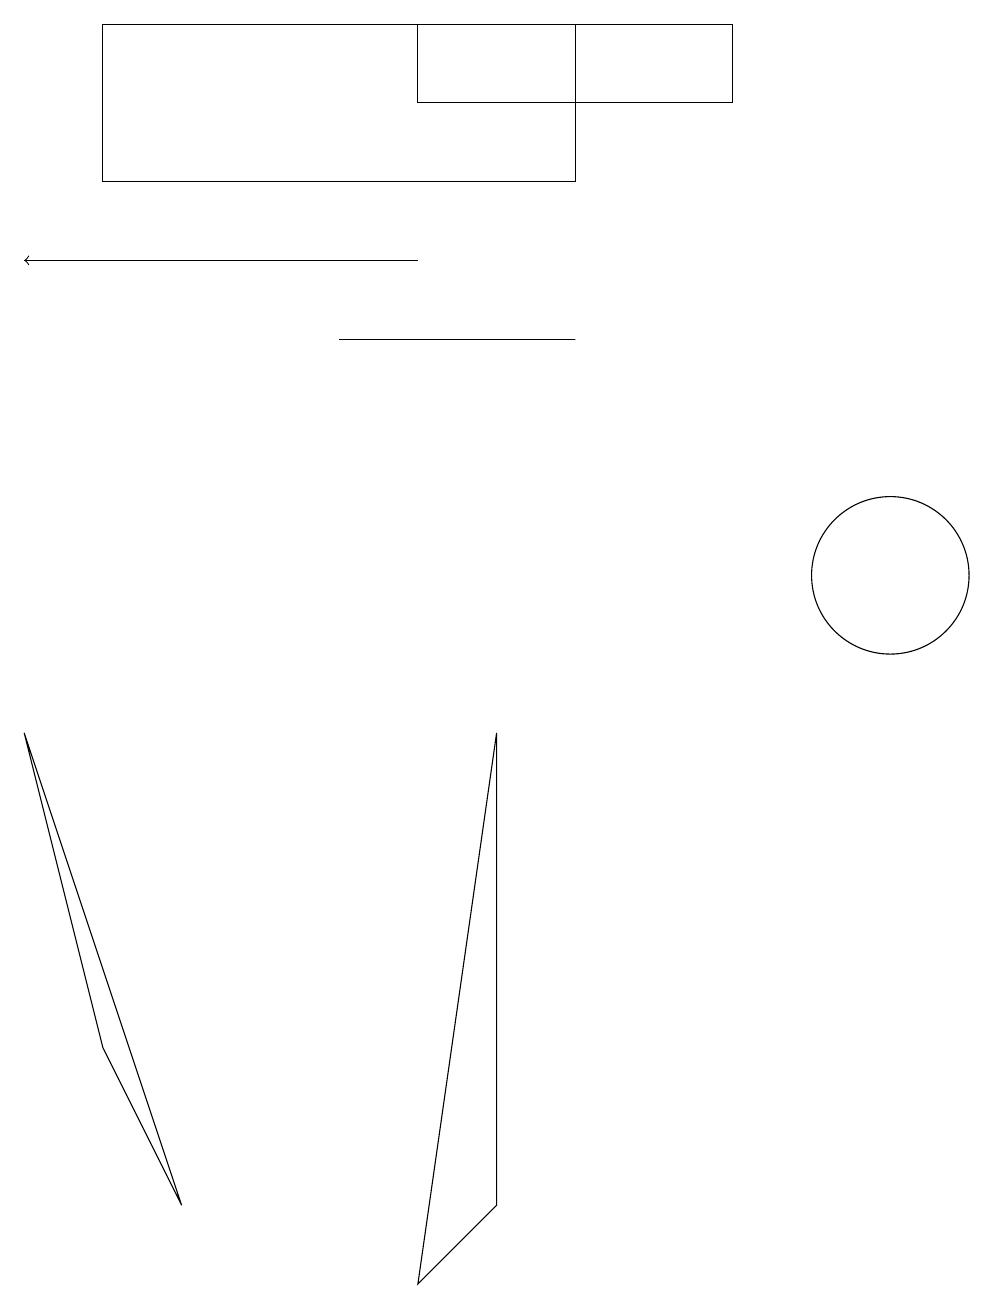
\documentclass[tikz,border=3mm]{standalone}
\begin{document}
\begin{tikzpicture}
\draw (11,10) circle (1);
\draw (0,8) -- (2,2) -- (1,4) -- cycle;
\draw (7,13) rectangle (4,13);
\draw[->] (5,14) -- (0,14);
\draw (5,1) -- (6,2) -- (6,8) -- cycle;
\draw (7,15) rectangle (1,17);
\draw (9,17) rectangle (5,16);
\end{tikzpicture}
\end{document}